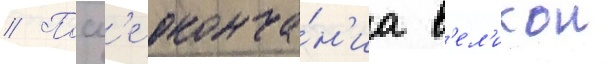
// Посл'е оконча́н'иа в'ел'икои